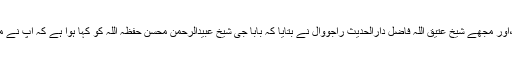
ابھی چند سال پہلے بابا جی نے ایک غریب بچی کو گھر میں پالا تھا پھر اس کی شادی کی ،اور مجھے شیخ عتیق اللہ فاضل دارالحدیث راجووال نے بتایا کہ بابا جی شیخ عبیدالرحمن محسن حفظہ اللہ کو کہا ہوا ہے کہ آپ نے ماہانہ مخصوص رقم الگ رکھنی ہے تاکہ آپ اپنے خرچے پر عتیق اللہ کی شادی کر سکیں ۔